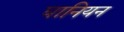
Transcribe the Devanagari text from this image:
घानियन